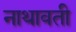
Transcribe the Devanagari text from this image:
नाथावती